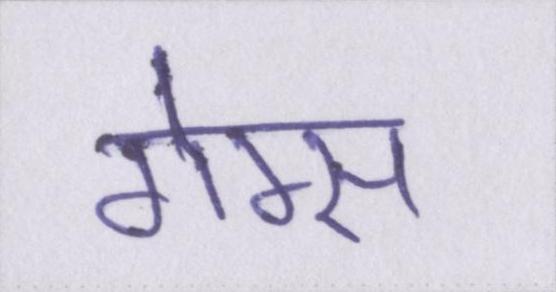
गेम्स